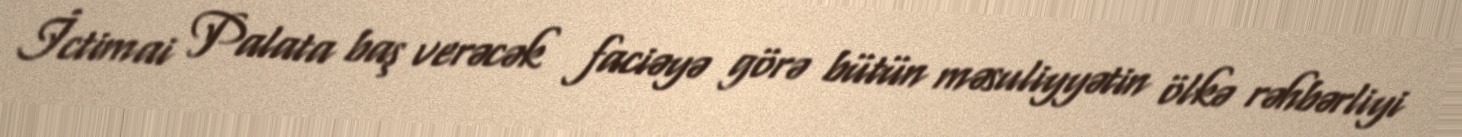
İctimai Palata baş verəcək faciəyə görə bütün məsuliyyətin ölkə rəhbərliyi